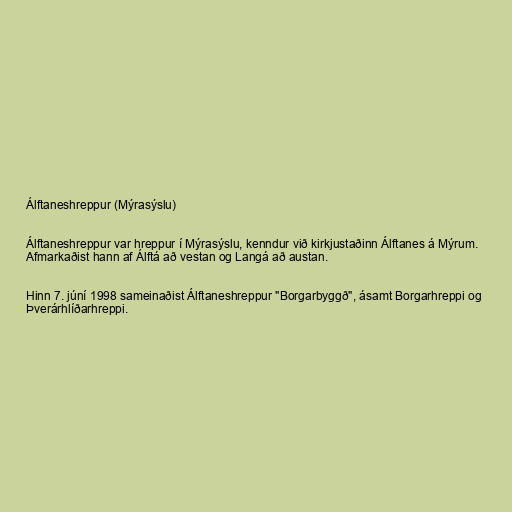
Álftaneshreppur (Mýrasýslu)

Álftaneshreppur var hreppur í Mýrasýslu, kenndur við kirkjustaðinn Álftanes á Mýrum.
Afmarkaðist hann af Álftá að vestan og Langá að austan.

Hinn 7. júní 1998 sameinaðist Álftaneshreppur "Borgarbyggð", ásamt Borgarhreppi og
Þverárhlíðarhreppi.